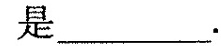
是___.